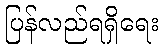
ပြန်လည်ရရှိရေး